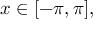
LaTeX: x \in [ - \pi , \pi ] ,